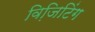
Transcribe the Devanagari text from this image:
विजि़टिंग